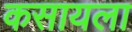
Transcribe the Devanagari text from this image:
कसायला